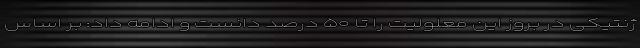
ژنتیکی در بروز این معلولیت را تا ۵۰ درصد دانست و ادامه داد: بر اساس